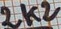
Text: 2k2